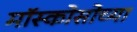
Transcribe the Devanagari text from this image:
मॉस्कोसोच्या